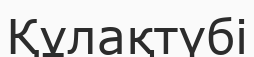
Құлақтүбі